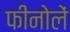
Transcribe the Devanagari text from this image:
फीनोलें